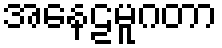
အနေဠမူဂတာ